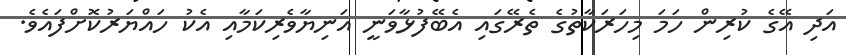
އަދި އޭގެ ކުރިން ހަމަ މިހަރަކާތުގެ ތެރޭގައި އެބޭފުޅާވަނީ އަނިޔާވެރިކަމާއި އެކު ހައްޔަރުކޮށްފައެވެ.